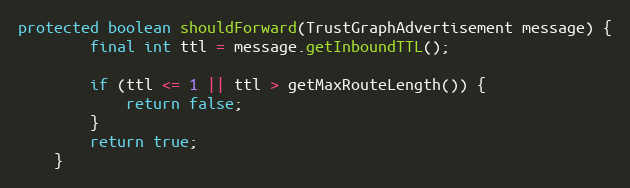
Language: Java
protected boolean shouldForward(TrustGraphAdvertisement message) {
        final int ttl = message.getInboundTTL();

        if (ttl <= 1 || ttl > getMaxRouteLength()) {
            return false;
        }
        return true;
    }